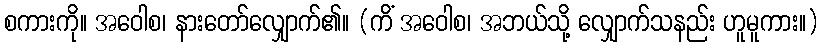
စကားကို။ အဝေါစ၊ နားတော်လျှောက်၏။ (ကိံ အဝေါစ၊ အဘယ်သို့ လျှောက်သနည်း ဟူမူကား။)